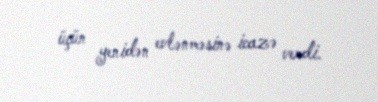
üçün yenidən evlənməsinə icazə verdi.